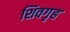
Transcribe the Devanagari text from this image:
शिवगृह